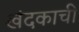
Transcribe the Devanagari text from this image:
खंदकाची